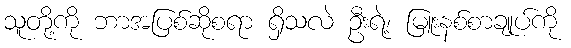
သူတို့ကို ဘာအပြစ်ဆိုစရာ ရှိသလဲ ဦးရဲ့၊ မြူးနစ်စာချုပ်ကို